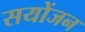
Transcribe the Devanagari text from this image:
सयोंजन